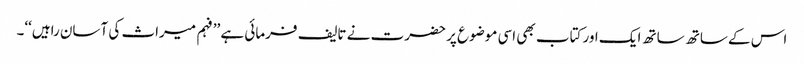
اس کے ساتھ ساتھ ایک اور کتاب بھی اسی موضوع پر حضرت نے تالیف فرمائی ہے ’’فہم میراث کی آسان راہیں‘‘۔